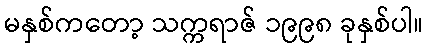
မနှစ်ကတော့ သက္ကရာဇ် ၁၉၉၈ ခုနှစ်ပါ။